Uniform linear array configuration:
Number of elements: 64
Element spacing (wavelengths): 0.5
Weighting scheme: uniform
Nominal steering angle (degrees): -30
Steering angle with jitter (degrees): -31.574
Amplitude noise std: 0.05
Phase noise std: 0.05

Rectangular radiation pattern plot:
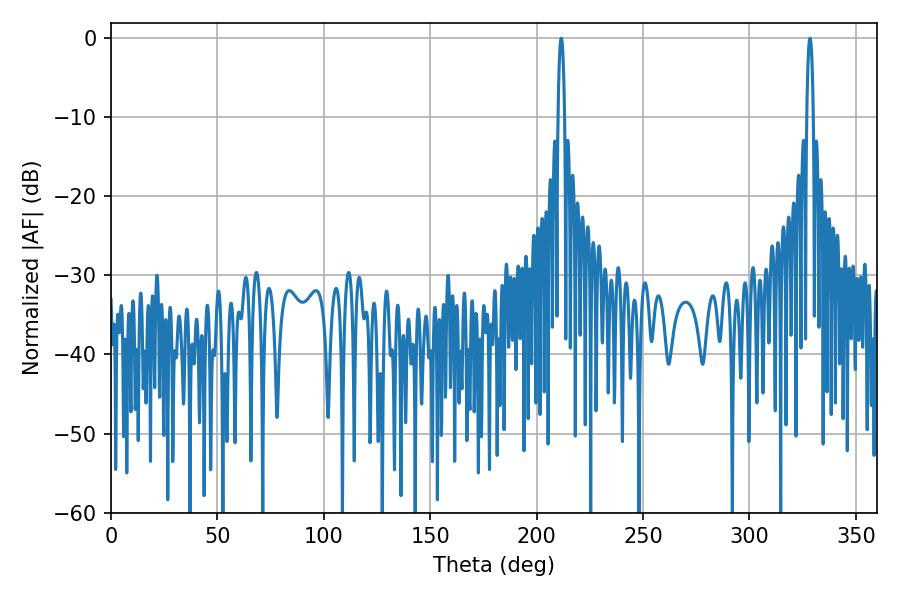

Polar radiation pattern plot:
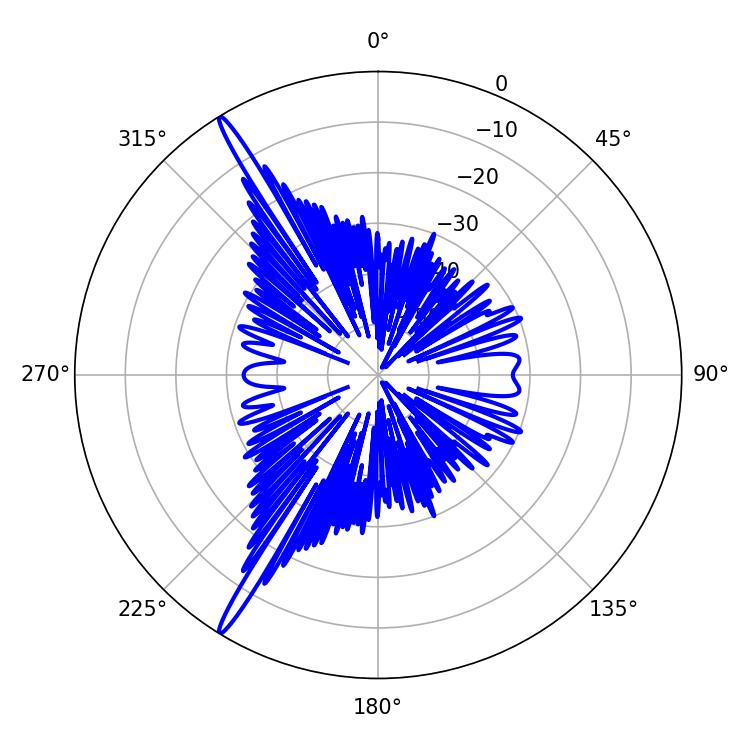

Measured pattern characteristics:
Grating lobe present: FALSE
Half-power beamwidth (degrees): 1.62
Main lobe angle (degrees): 211.5